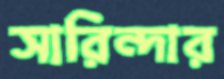
সারিন্দার